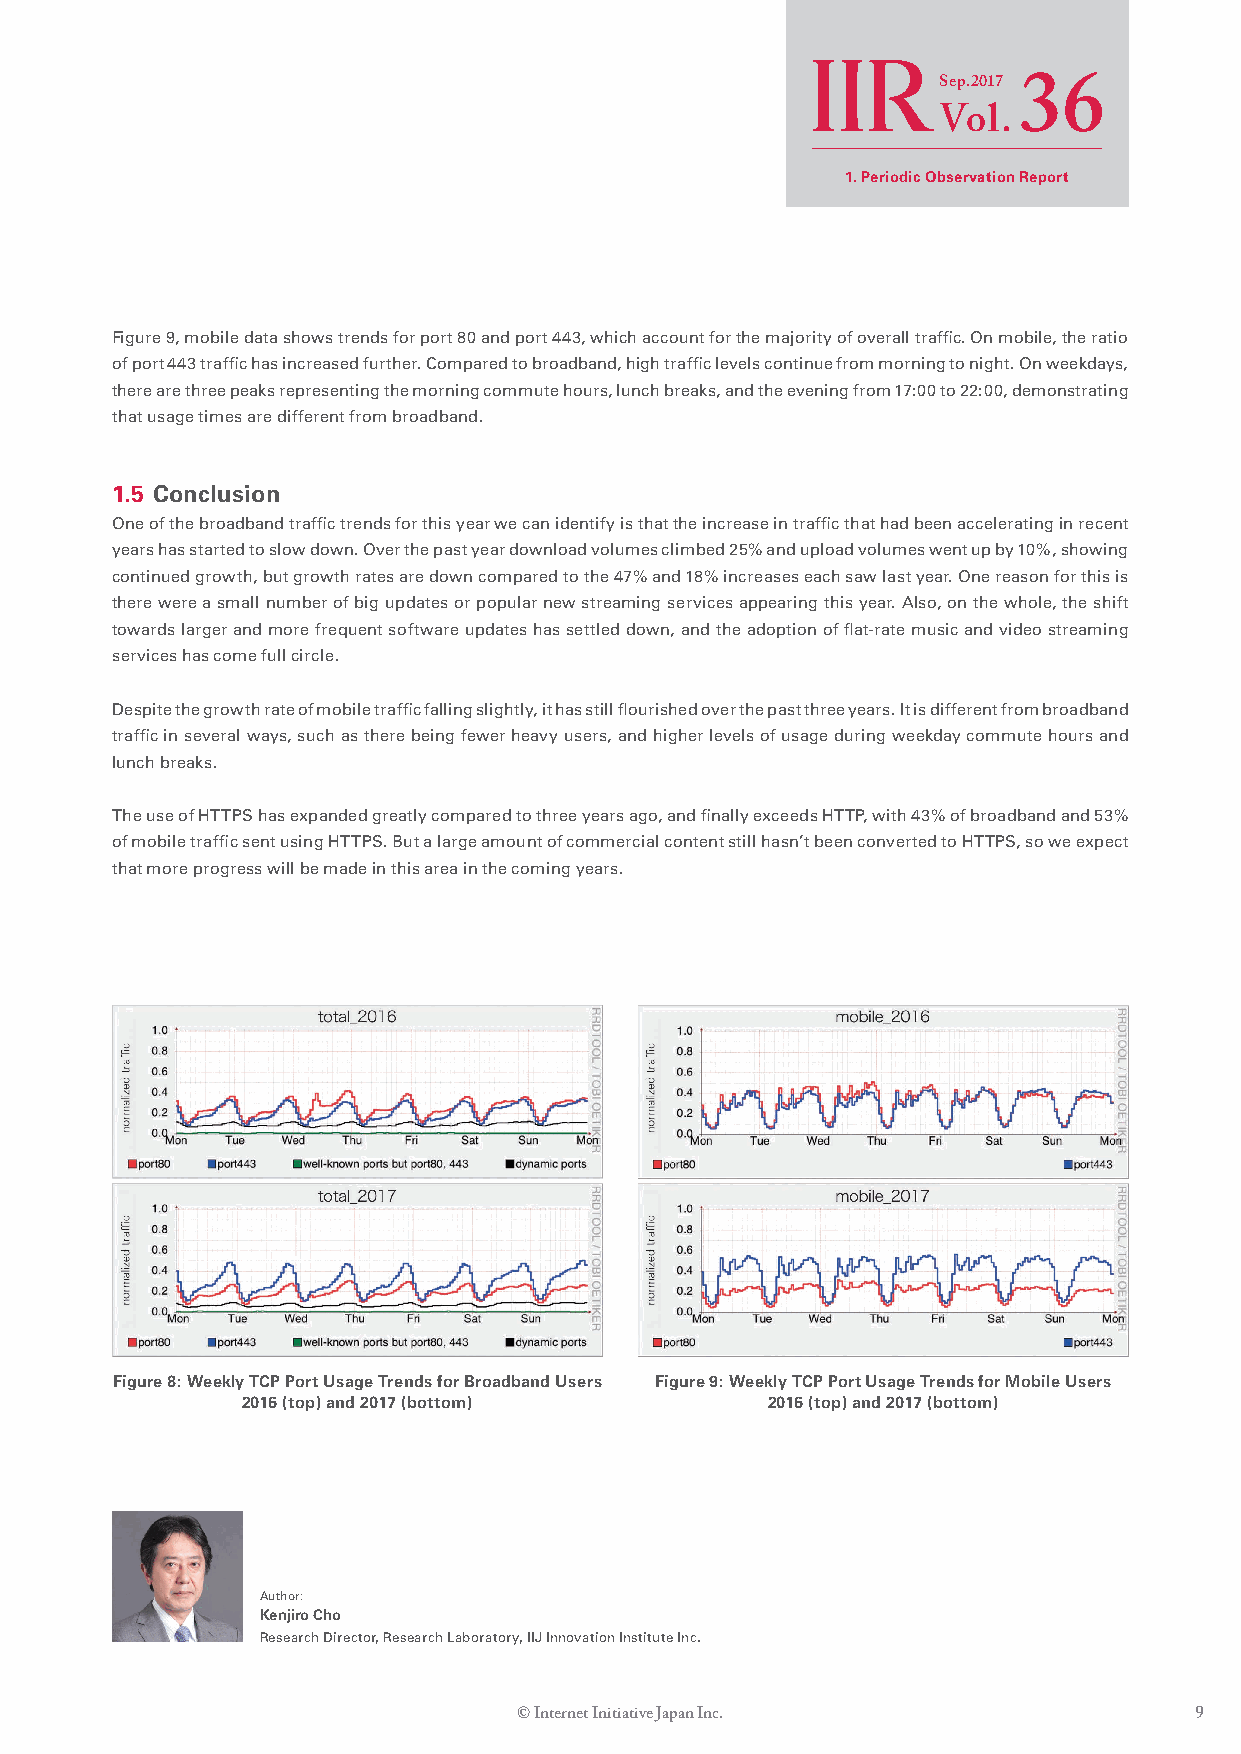
Sep.2017
 36
 Vol.
 1. Periodic Observation Report
 Figure 9, mobile data shows trends for port 80 and port 443, which account for the majority of overall traffic. On mobile, the ratio
 of port 443 traffic has increased further. Compared to broadband, high traffic levels continue from morning to night. On weekdays,
 there are three peaks representing the morning commute hours, lunch breaks, and the evening from 17:00 to 22:00, demonstrating
 that usage times are different from broadband.
 1.5 Conclusion
 One of the broadband traffic trends for this year we can identify is that the increase in traffic that had been accelerating in recent
 years has started to slow down. Over the past year download volumes climbed 25% and upload volumes went up by 10%, showing
 continued growth, but growth rates are down compared to the 47% and 18% increases each saw last year. One reason for this is
 there were a small number of big updates or popular new streaming services appearing this year. Also, on the whole, the shift
 towards larger and more frequent software updates has settled down, and the adoption of flat-rate music and video streaming
 services has come full circle.
 Despite the growth rate of mobile traffic falling slightly, it has still flourished over the past three years. It is different from broadband
 traffic in several ways, such as there being fewer heavy users, and higher levels of usage during weekday commute hours and
 lunch breaks.
 The use of HTTPS has expanded greatly compared to three years ago, and finally exceeds HTTP, with 43% of broadband and 53%
 of mobile traffic sent using HTTPS. But a large amount of commercial content still hasn’t been converted to HTTPS, so we expect
 that more progress will be made in this area in the coming years.
 Figure 8: Weekly TCP Port Usage Trends for Broadband Users Figure 9: Weekly TCP Port Usage Trends for Mobile Users
 2016 (top) and 2017 (bottom)       2016 (top) and 2017 (bottom)
 Author:
 Kenjiro Cho
 Research Director, Research Laboratory, IIJ Innovation Institute Inc.
 © Internet Initiative Japan Inc.             9